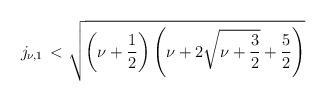
LaTeX: \begin{align*}j_{\nu,1}\,< \sqrt{\left(\nu+\frac12\right)\left(\nu+2\sqrt{\nu +\frac 32}+\frac 52\right)}\end{align*}